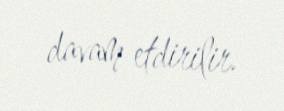
davam etdirilir.